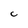
Character: C